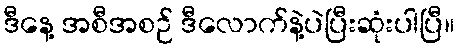
ဒီနေ့ အစီအစဉ် ဒီလောက်နဲ့ပဲပြီးဆုံးပါပြီ။